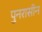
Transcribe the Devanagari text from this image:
पुनरासीन